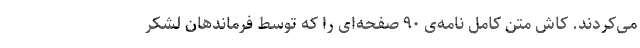
می‌کردند. کاش متن کامل نامه‌ی ۹۰ صفحه‌ای را که توسط فرماندهان لشکر